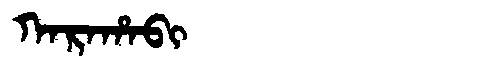
Manchu: ᡴᠠᡵᠠᡥᠠᠪᡳ
Romanization: KARAHABI